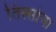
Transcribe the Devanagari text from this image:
तिस्सोचा